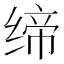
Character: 缔